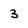
Character: 3